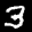
Label: 3